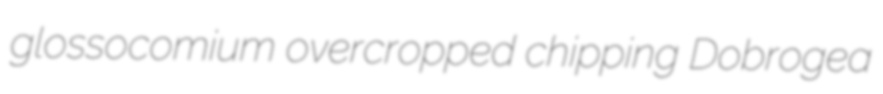
glossocomium overcropped chipping Dobrogea